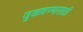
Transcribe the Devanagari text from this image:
जुळवण्यासाठी